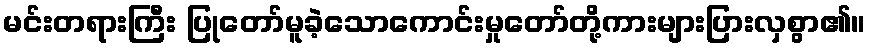
မင်းတရားကြီး ပြုတော်မူခဲ့သောကောင်းမှုတော်တို့ကားများပြားလှစွာ၏။